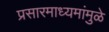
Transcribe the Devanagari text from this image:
प्रसारमाध्यमांमुळे